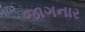
જાગનાર